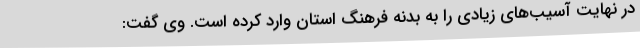
در نهایت آسیب‌های زیادی را به بدنه فرهنگ استان وارد کرده است. وی گفت: